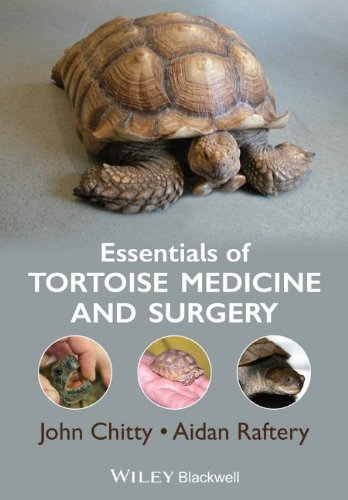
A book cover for Essentials of Tortoise Medicine and Surgery; John Chitty; Crafts, Hobbies & Home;